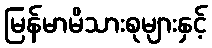
မြန်မာမိသားစုများနှင့်